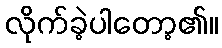
လိုက်ခဲ့ပါတော့၏။